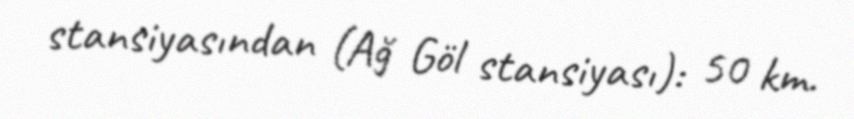
stansiyasından (Ağ Göl stansiyası): 50 km.